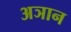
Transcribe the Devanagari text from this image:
अञान